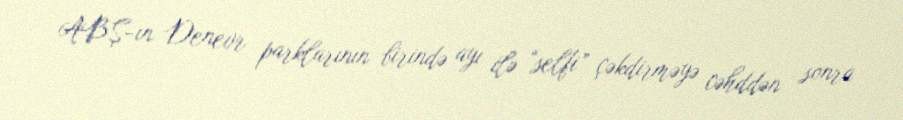
ABŞ-ın Denevr parklarının birində ayı ilə “selfi” çəkdirməyə cəhddən sonra